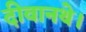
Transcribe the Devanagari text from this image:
दीवानथे।